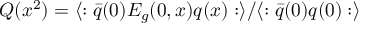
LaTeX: Q ( x ^ { 2 } ) = \langle : \bar { q } ( 0 ) E _ { g } ( 0 , x ) q ( x ) : \rangle / \langle : \bar { q } ( 0 ) q ( 0 ) : \rangle